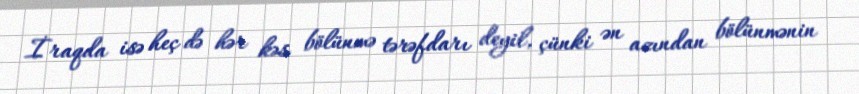
İraqda isə heç də hər kəs bölünmə tərəfdarı deyil, çünki ən azından bölünmənin